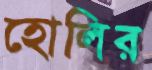
হোলির